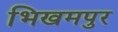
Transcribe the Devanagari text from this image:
भिखमपुर